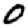
Digit: 0